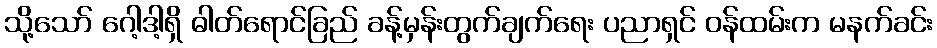
သို့သော် ဂေါ့ဒါ့ရှိ ဓါတ်ရောင်ခြည် ခန့်မှန်းတွက်ချက်ရေး ပညာရှင် ဝန်ထမ်းက မနက်ခင်း